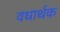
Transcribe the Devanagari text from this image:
वधार्थक